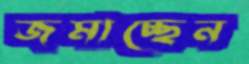
জমাচ্ছেন